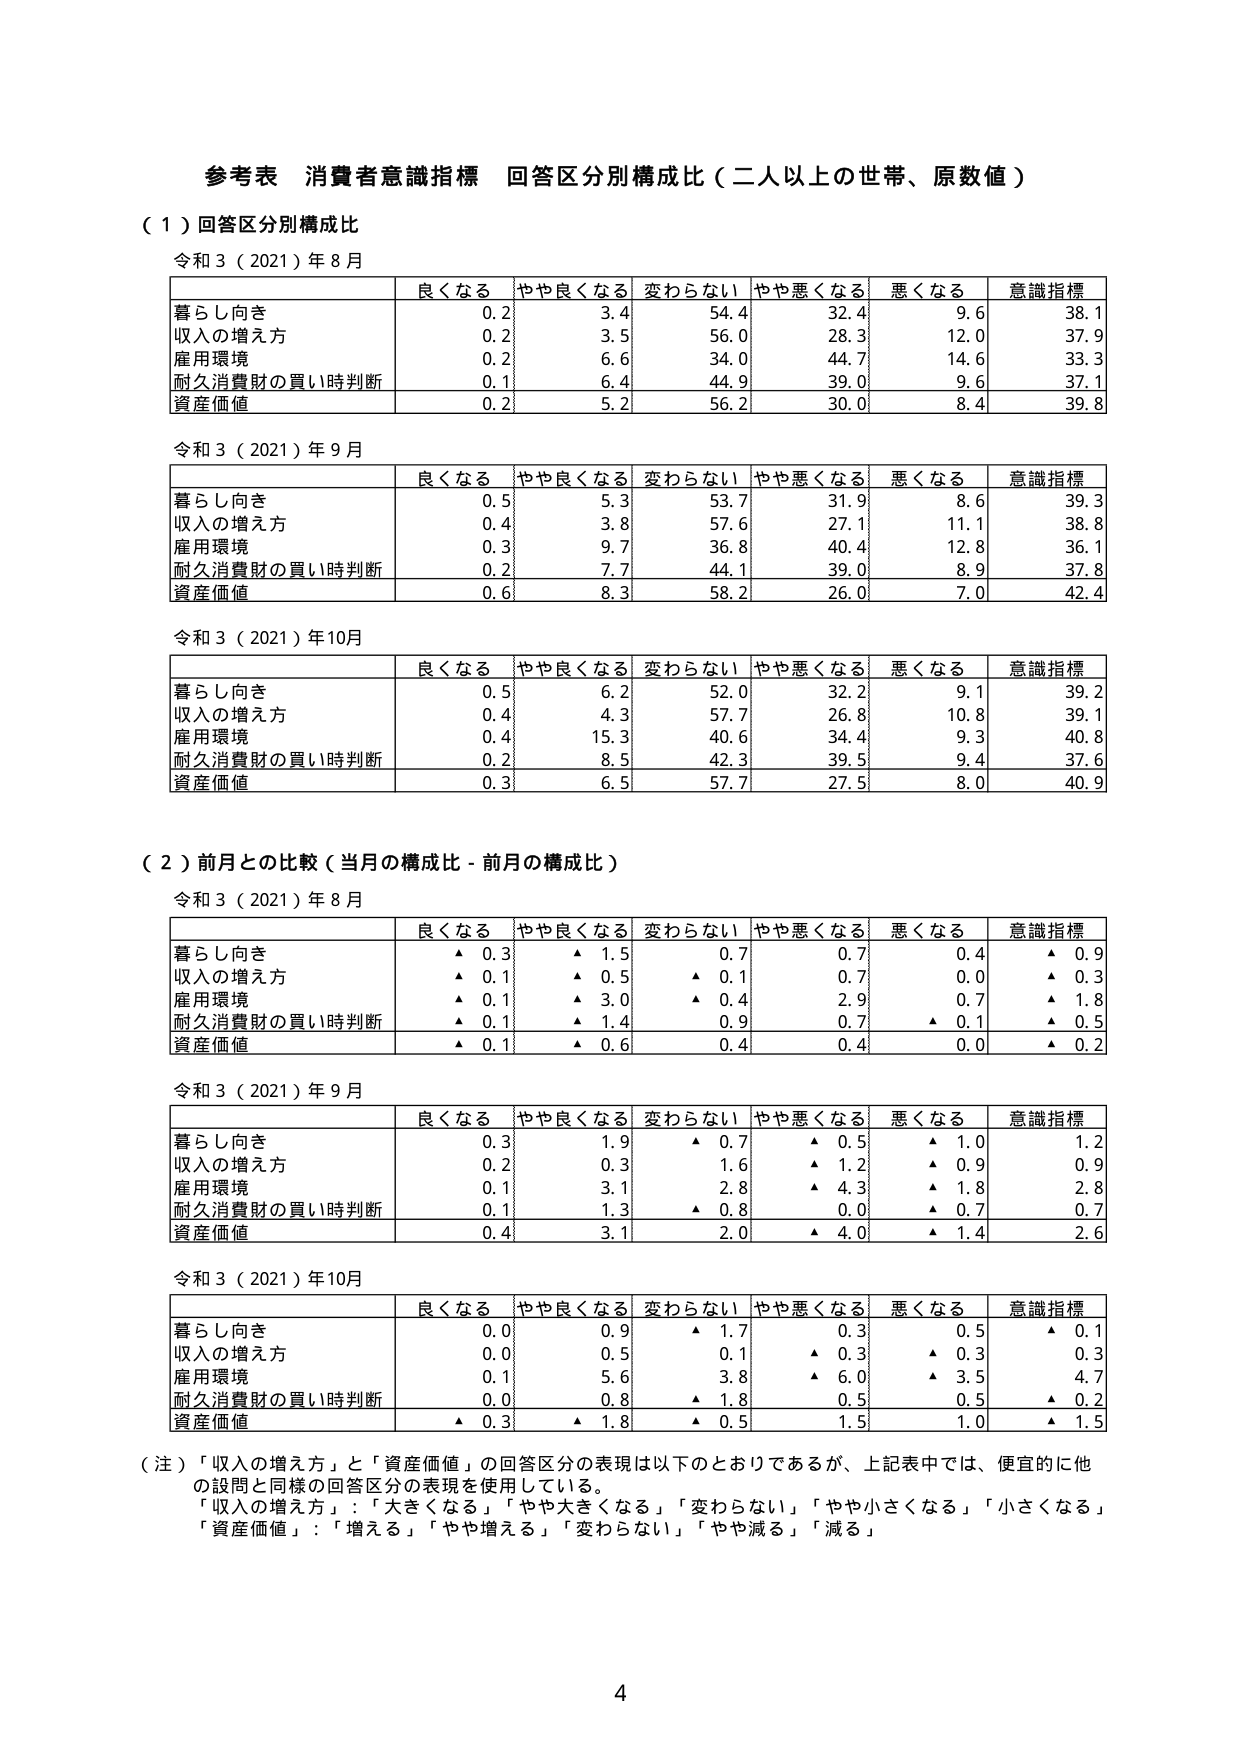
参考表 消費者意識指標 回答区分別構成比（二人以上の世帯、原数値）

（１）回答区分別構成比

令和３（2021）年８月

| | 良くなる | やや良くなる | 変わらない | やや悪くなる | 悪くなる | 意識指標 |
|---|---|---|---|---|---|---|
| 暮らし向き | 0.2 | 3.4 | 54.4 | 32.4 | 9.6 | 38.1 |
| 収入の増え方 | 0.2 | 3.5 | 56.0 | 28.3 | 12.0 | 37.9 |
| 雇用環境 | 0.2 | 6.6 | 34.0 | 44.7 | 14.6 | 33.3 |
| 耐久消費財の買い時判断 | 0.1 | 6.4 | 44.9 | 39.0 | 9.6 | 37.1 |
| 資産価値 | 0.2 | 5.2 | 56.2 | 30.0 | 8.4 | 39.8 |

令和３（2021）年９月

| | 良くなる | やや良くなる | 変わらない | やや悪くなる | 悪くなる | 意識指標 |
|---|---|---|---|---|---|---|
| 暮らし向き | 0.5 | 5.3 | 53.7 | 31.9 | 8.6 | 39.3 |
| 収入の増え方 | 0.4 | 3.8 | 57.6 | 27.1 | 11.1 | 38.8 |
| 雇用環境 | 0.3 | 9.7 | 36.8 | 40.4 | 12.8 | 36.1 |
| 耐久消費財の買い時判断 | 0.2 | 7.7 | 44.1 | 39.0 | 8.9 | 37.8 |
| 資産価値 | 0.6 | 8.3 | 58.2 | 26.0 | 7.0 | 42.4 |

令和３（2021）年10月

| | 良くなる | やや良くなる | 変わらない | やや悪くなる | 悪くなる | 意識指標 |
|---|---|---|---|---|---|---|
| 暮らし向き | 0.5 | 6.2 | 52.0 | 32.2 | 9.1 | 39.2 |
| 収入の増え方 | 0.4 | 4.3 | 57.7 | 26.8 | 10.8 | 39.1 |
| 雇用環境 | 0.4 | 15.3 | 40.6 | 34.4 | 9.3 | 40.8 |
| 耐久消費財の買い時判断 | 0.2 | 8.5 | 42.3 | 39.5 | 9.4 | 37.6 |
| 資産価値 | 0.3 | 6.5 | 57.7 | 27.5 | 8.0 | 40.9 |

（２）前月との比較（当月の構成比－前月の構成比）

令和３（2021）年８月

| | 良くなる | やや良くなる | 変わらない | やや悪くなる | 悪くなる | 意識指標 |
|---|---|---|---|---|---|---|
| 暮らし向き | ▲ 0.3 | ▲ 1.5 | 0.7 | 0.7 | 0.4 | ▲ 0.9 |
| 収入の増え方 | ▲ 0.1 | ▲ 0.5 | ▲ 0.1 | 0.7 | 0.0 | ▲ 0.3 |
| 雇用環境 | ▲ 0.1 | ▲ 3.0 | ▲ 0.4 | 2.9 | 0.7 | ▲ 1.8 |
| 耐久消費財の買い時判断 | ▲ 0.1 | ▲ 1.4 | 0.9 | 0.7 | ▲ 0.1 | ▲ 0.5 |
| 資産価値 | ▲ 0.1 | ▲ 0.6 | 0.4 | 0.4 | 0.0 | ▲ 0.2 |

令和３（2021）年９月

| | 良くなる | やや良くなる | 変わらない | やや悪くなる | 悪くなる | 意識指標 |
|---|---|---|---|---|---|---|
| 暮らし向き | 0.3 | 1.9 | ▲ 0.7 | ▲ 0.5 | ▲ 1.0 | 1.2 |
| 収入の増え方 | 0.2 | 0.3 | 1.6 | ▲ 1.2 | ▲ 0.9 | 0.9 |
| 雇用環境 | 0.1 | 3.1 | 2.8 | ▲ 4.3 | ▲ 1.8 | 2.8 |
| 耐久消費財の買い時判断 | 0.1 | 1.3 | ▲ 0.8 | 0.0 | ▲ 0.7 | 0.7 |
| 資産価値 | 0.4 | 3.1 | 2.0 | ▲ 4.0 | ▲ 1.4 | 2.6 |

令和３（2021）年10月

| | 良くなる | やや良くなる | 変わらない | やや悪くなる | 悪くなる | 意識指標 |
|---|---|---|---|---|---|---|
| 暮らし向き | 0.0 | 0.9 | ▲ 1.7 | 0.3 | 0.5 | ▲ 0.1 |
| 収入の増え方 | 0.0 | 0.5 | 0.1 | ▲ 0.3 | ▲ 0.3 | 0.3 |
| 雇用環境 | 0.1 | 5.6 | 3.8 | ▲ 6.0 | ▲ 3.5 | 4.7 |
| 耐久消費財の買い時判断 | 0.0 | 0.8 | ▲ 1.8 | 0.5 | 0.5 | ▲ 0.2 |
| 資産価値 | ▲ 0.3 | ▲ 1.8 | ▲ 0.5 | 1.5 | 1.0 | ▲ 1.5 |

（注）「収入の増え方」と「資産価値」の回答区分の表現は以下のとおりであるが、上記表中では、便宜的に他の設問と同様の回答区分の表現を使用している。
「収入の増え方」：「大きくなる」「やや大きくなる」「変わらない」「やや小さくなる」「小さくなる」
「資産価値」：「増える」「やや増える」「変わらない」「やや減る」「減る」

4